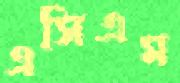
এসিএম